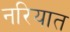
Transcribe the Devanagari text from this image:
नरियात